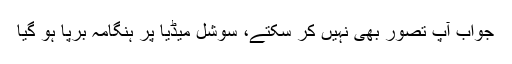
جواب آپ تصور بھی نہیں کر سکتے، سوشل میڈیا پر ہنگامہ برپا ہو گیا